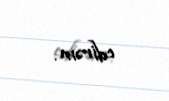
edirəm.